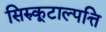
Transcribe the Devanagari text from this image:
सिरुकूटाल्पत्ति